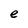
Character: e